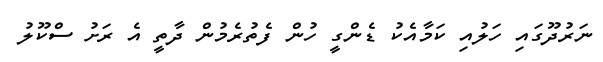
ނަރުދޫގައި ހަލުއި ކަމާއެކު ޑެންގީ ހުން ފެތުރެމުން ދާތީ އެ ރަށު ސްކޫލު